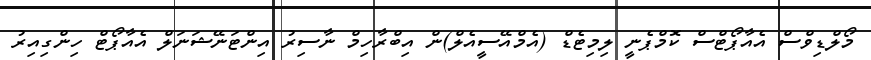
މޯލްޑިވްސް އެއާޕޯޓްސް ކޮމްޕެނީ ލިމިޓެޑް (އެމްއޭސީއެލް)ން އިބްރާހިމް ނާސިރު އިންޓަނޭޝަނަލް އެއާޕޯޓް ހިންގިއިރު